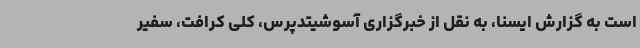
است به گزارش ایسنا، به نقل از خبرگزاری آسوشیتدپرس، کلی کرافت، سفیر